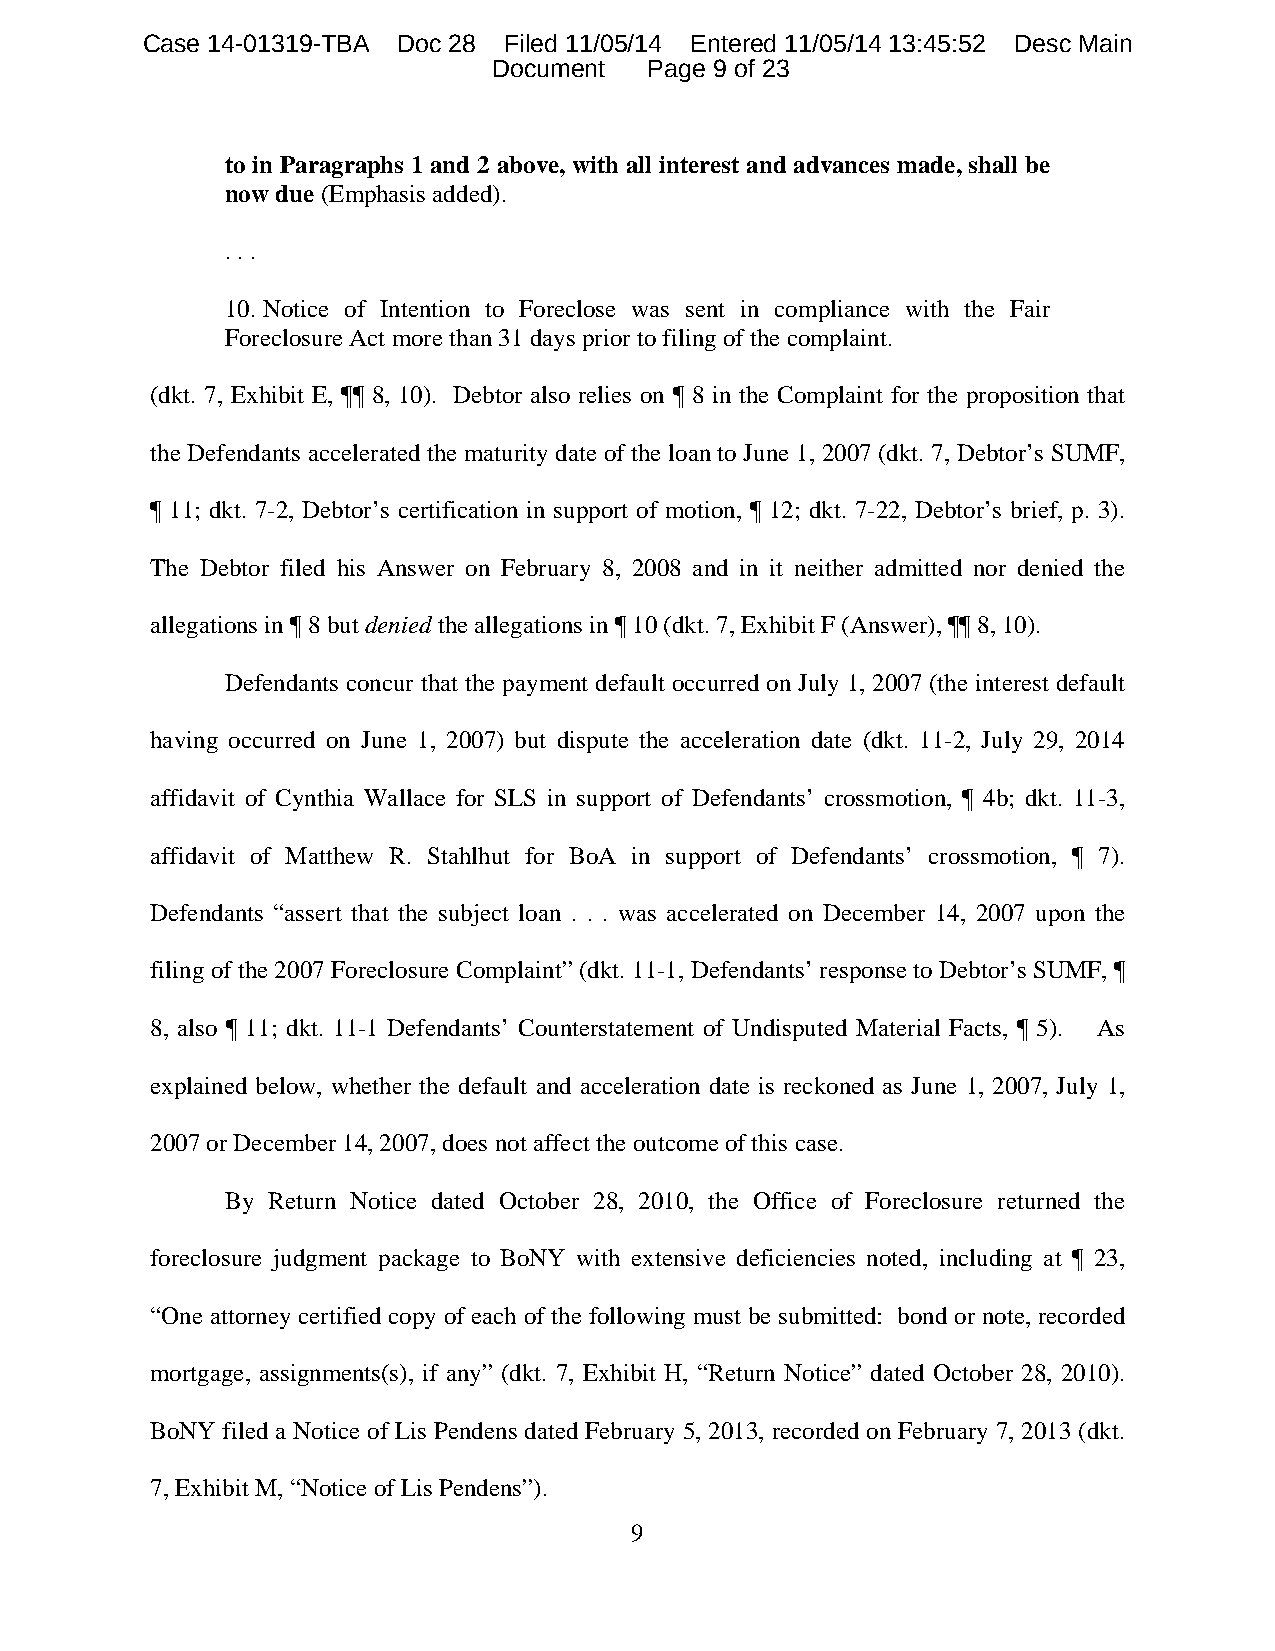
Case 14-01319-TBA Doc 28 Filed 11/05/14 Entered 11/05/14 13:45:52 Desc Main
 Document  Page 9 of 23
 to in Paragraphs 1 and 2 above, with all interest and advances made, shall be
 now due (Emphasis added).
 . . .
 10. Notice of Intention to Foreclose was sent in compliance with the Fair
 Foreclosure Act more than 31 days prior to filing of the complaint.
 (dkt. 7, Exhibit E, ¶¶ 8, 10). Debtor also relies on ¶ 8 in the Complaint for the proposition that
 the Defendants accelerated the maturity date of the loan to June 1, 2007 (dkt. 7, Debtor’s SUMF,
 ¶ 11; dkt. 7-2, Debtor’s certification in support of motion, ¶ 12; dkt. 7-22, Debtor’s brief, p. 3).
 The Debtor filed his Answer on February 8, 2008 and in it neither admitted nor denied the
 allegations in ¶ 8 but denied the allegations in ¶ 10 (dkt. 7, Exhibit F (Answer), ¶¶ 8, 10).
 Defendants concur that the payment default occurred on July 1, 2007 (the interest default
 having occurred on June 1, 2007) but dispute the acceleration date (dkt. 11-2, July 29, 2014
 affidavit of Cynthia Wallace for SLS in support of Defendants’ crossmotion, ¶ 4b; dkt. 11-3,
 affidavit of Matthew R. Stahlhut for BoA in support of Defendants’ crossmotion, ¶ 7).
 Defendants “assert that the subject loan . . . was accelerated on December 14, 2007 upon the
 filing of the 2007 Foreclosure Complaint” (dkt. 11-1, Defendants’ response to Debtor’s SUMF, ¶
 8, also ¶ 11; dkt. 11-1 Defendants’ Counterstatement of Undisputed Material Facts, ¶ 5). As
 explained below, whether the default and acceleration date is reckoned as June 1, 2007, July 1,
 2007 or December 14, 2007, does not affect the outcome of this case.
 By Return Notice dated October 28, 2010, the Office of Foreclosure returned the
 foreclosure judgment package to BoNY with extensive deficiencies noted, including at ¶ 23,
 “One attorney certified copy of each of the following must be submitted: bond or note, recorded
 mortgage, assignments(s), if any” (dkt. 7, Exhibit H, “Return Notice” dated October 28, 2010).
 BoNY filed a Notice of Lis Pendens dated February 5, 2013, recorded on February 7, 2013 (dkt.
 7, Exhibit M, “Notice of Lis Pendens”).
 9